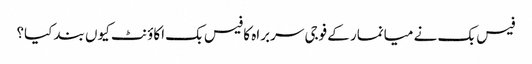
فیس بک نے میانمار کے فوجی سربراہ کا فیس بک اکاؤنٹ کیوں بند کیا؟